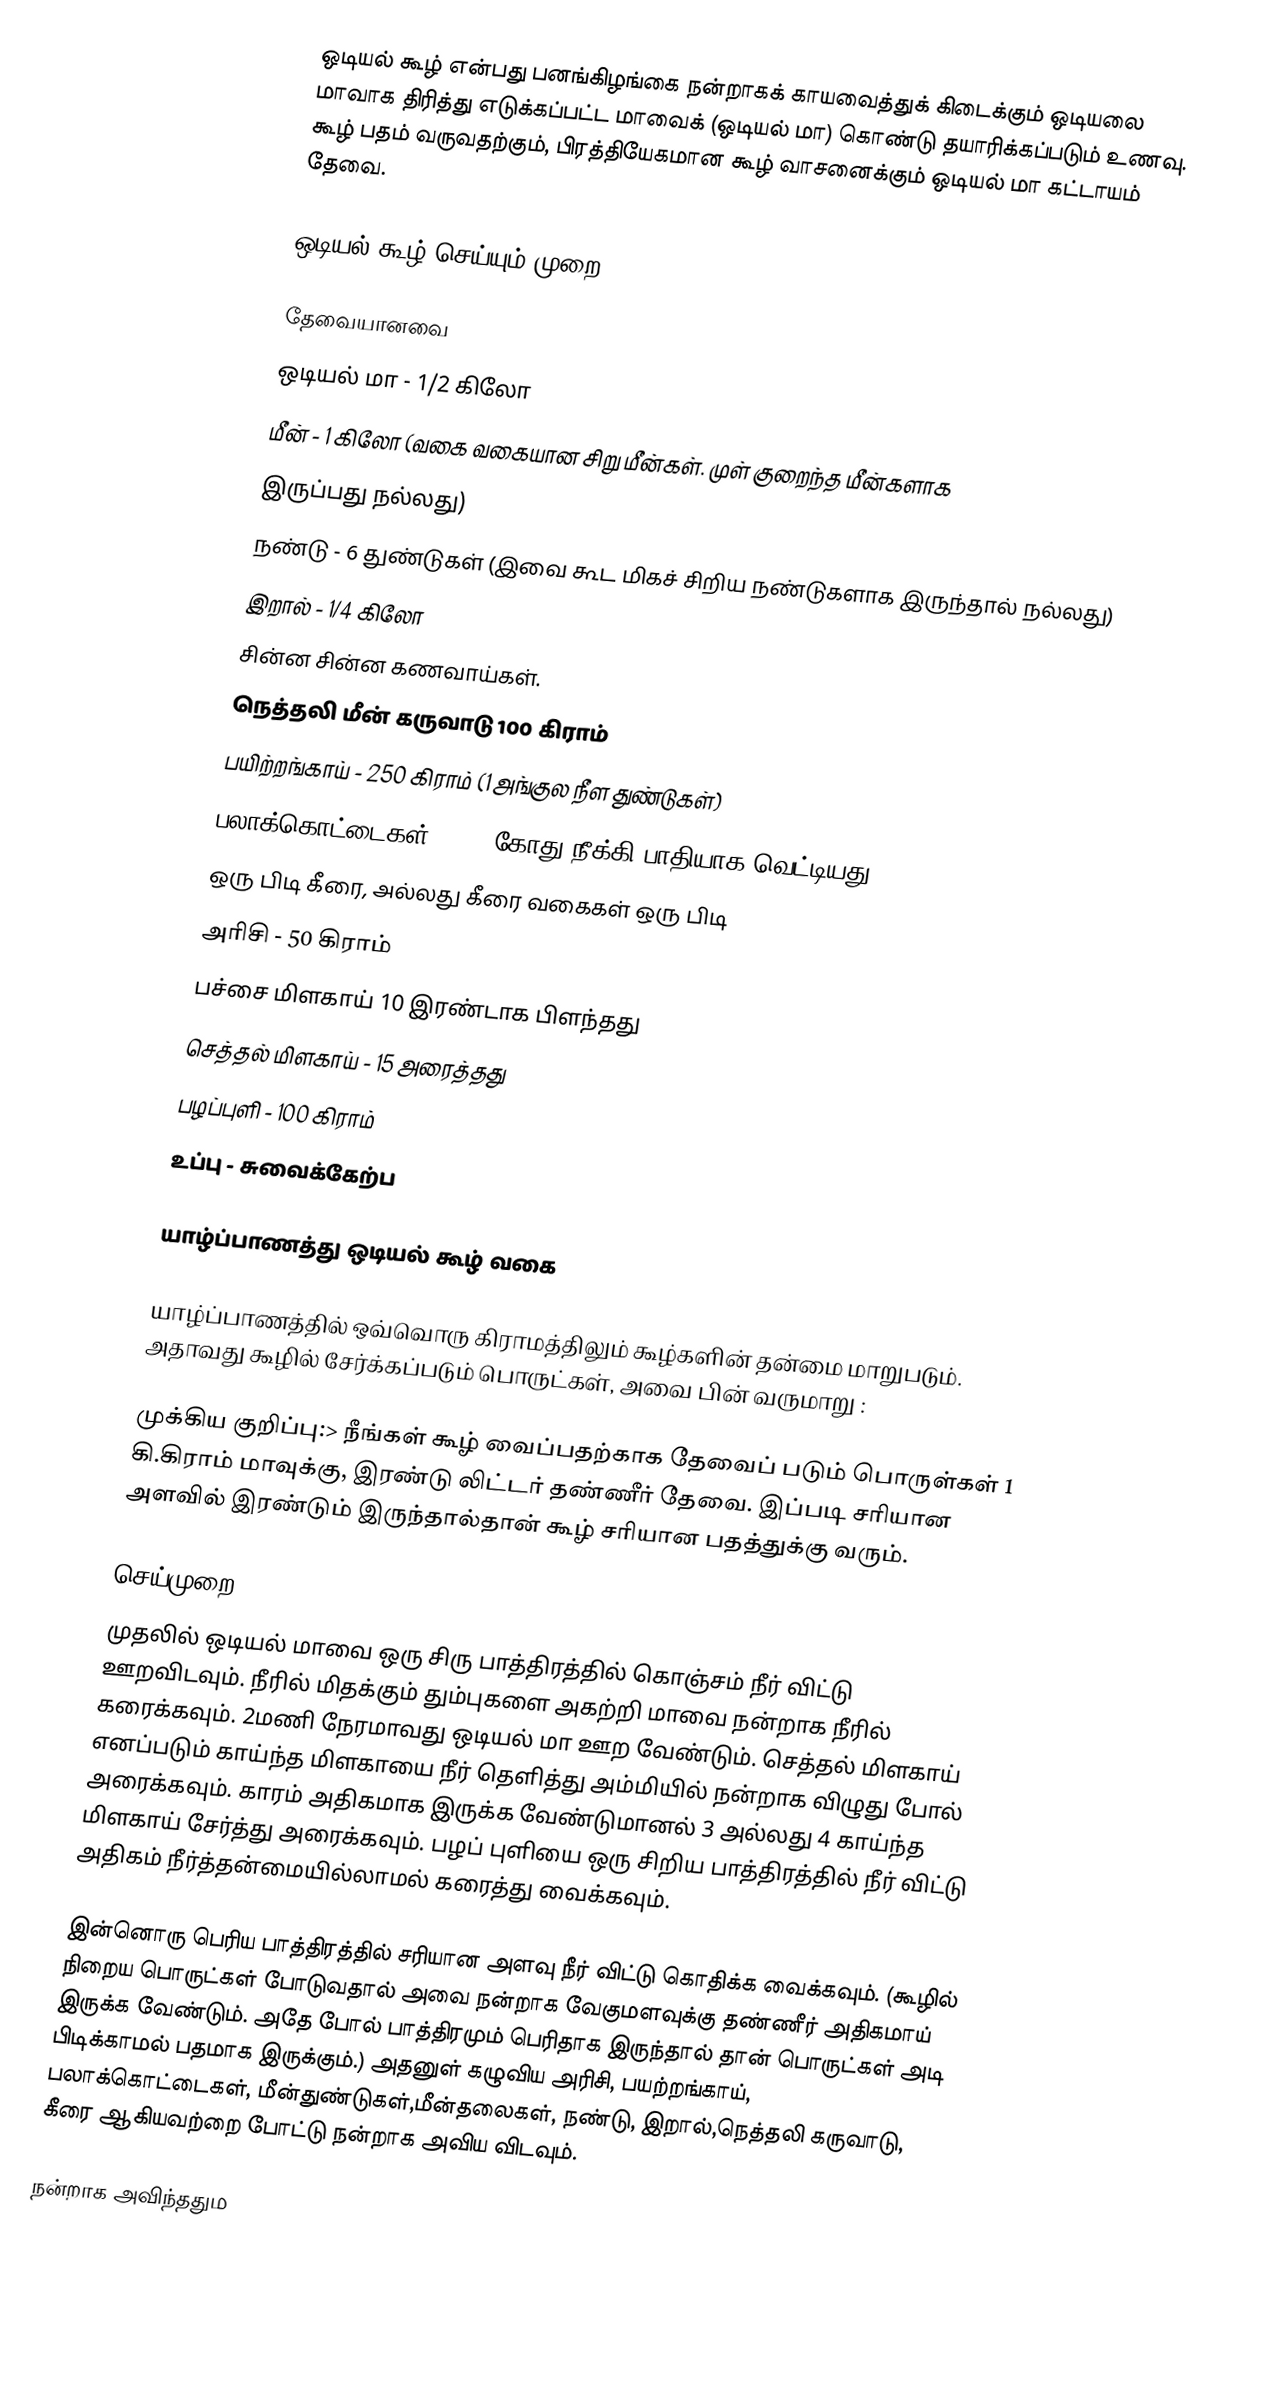
ஒடியல் கூழ் என்பது பனங்கிழங்கை நன்றாகக் காயவைத்துக் கிடைக்கும் ஒடியலை மாவாக திரித்து எடுக்கப்பட்ட மாவைக் (ஒடியல் மா) கொண்டு தயாரிக்கப்படும் உணவு. கூழ் பதம் வருவதற்கும், பிரத்தியேகமான கூழ் வாசனைக்கும் ஒடியல் மா கட்டாயம் தேவை.

ஒடியல் கூழ் செய்யும் முறை

தேவையானவை
ஒடியல் மா - 1/2 கிலோ
மீன் - 1 கிலோ (வகை வகையான சிறு மீன்கள். முள் குறைந்த மீன்களாக
இருப்பது நல்லது)
நண்டு - 6 துண்டுகள் (இவை கூட மிகச் சிறிய நண்டுகளாக இருந்தால் நல்லது)
இறால் - 1/4 கிலோ
சின்ன சின்ன கணவாய்கள்.
நெத்தலி மீன் கருவாடு 100 கிராம்
பயிற்றங்காய் - 250 கிராம் (1 அங்குல நீள துண்டுகள்)
பலாக்கொட்டைகள் - 25 (கோது நீக்கி பாதியாக வெட்டியது)
ஒரு பிடி கீரை, அல்லது கீரை வகைகள் ஒரு பிடி
அரிசி - 50 கிராம்
பச்சை மிளகாய் 10 இரண்டாக பிளந்தது
செத்தல் மிளகாய் - 15 அரைத்தது
பழப்புளி - 100 கிராம்
உப்பு - சுவைக்கேற்ப

யாழ்ப்பாணத்து ஒடியல் கூழ் வகை

யாழ்ப்பாணத்தில் ஒவ்வொரு கிராமத்திலும் கூழ்களின் தன்மை மாறுபடும். அதாவது கூழில் சேர்க்கப்படும் பொருட்கள், அவை பின் வருமாறு :

முக்கிய குறிப்பு:> நீங்கள் கூழ் வைப்பதற்காக தேவைப் படும் பொருள்கள் 1 கி.கிராம் மாவுக்கு, இரண்டு லிட்டர் தண்ணீர் தேவை. இப்படி சரியான அளவில் இரண்டும் இருந்தால்தான் கூழ் சரியான பதத்துக்கு வரும்.

செய்முறை
முதலில் ஒடியல் மாவை ஒரு சிரு பாத்திரத்தில் கொஞ்சம் நீர் விட்டு ஊறவிடவும். நீரில் மிதக்கும் தும்புகளை அகற்றி மாவை நன்றாக நீரில் கரைக்கவும். 2மணி நேரமாவது ஒடியல் மா ஊற வேண்டும். செத்தல் மிளகாய் எனப்படும் காய்ந்த மிளகாயை நீர் தெளித்து அம்மியில் நன்றாக விழுது போல் அரைக்கவும். காரம் அதிகமாக இருக்க வேண்டுமானல் 3 அல்லது 4 காய்ந்த மிளகாய் சேர்த்து அரைக்கவும். பழப் புளியை ஒரு சிறிய பாத்திரத்தில் நீர் விட்டு அதிகம் நீர்த்தன்மையில்லாமல் கரைத்து வைக்கவும்.

இன்னொரு பெரிய பாத்திரத்தில் சரியான அளவு நீர் விட்டு கொதிக்க வைக்கவும். (கூழில் நிறைய பொருட்கள் போடுவதால் அவை நன்றாக வேகுமளவுக்கு தண்ணீர் அதிகமாய் இருக்க வேண்டும். அதே போல் பாத்திரமும் பெரிதாக இருந்தால் தான் பொருட்கள் அடி பிடிக்காமல் பதமாக இருக்கும்.) அதனுள் கழுவிய அரிசி, பயற்றங்காய், பலாக்கொட்டைகள், மீன்துண்டுகள்,மீன்தலைகள், நண்டு, இறால்,நெத்தலி கருவாடு, கீரை ஆகியவற்றை போட்டு நன்றாக அவிய விடவும்.

நன்றாக அவிந்ததும